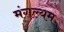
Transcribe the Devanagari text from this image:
मंगल्यम